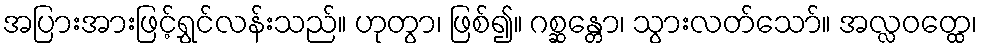
အပြားအားဖြင့်ရွှင်လန်းသည်။ ဟုတွာ၊ ဖြစ်၍။ ဂစ္ဆန္တော၊ သွားလတ်သော်။ အလ္လဝတ္ထေ၊